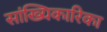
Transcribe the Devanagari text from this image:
सांख्यिकारिका